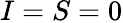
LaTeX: I=S=0